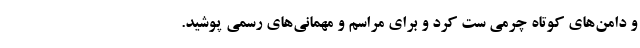
و دامن‌های کوتاه چرمی ست کرد و برای مراسم و مهمانی‌های رسمی پوشید.